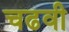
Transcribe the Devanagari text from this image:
चढवी